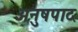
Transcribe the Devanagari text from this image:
अनुषपाद